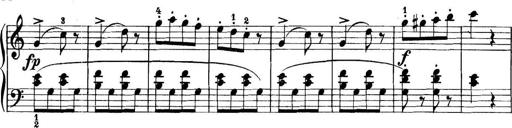
Title: 11 Sonatinas
Composer: Anton Diabelli